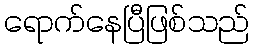
ရောက်နေပြီဖြစ်သည်